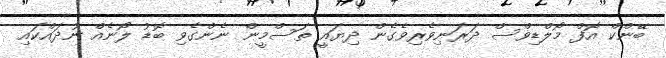
ބޭންކް އޮފް މޯލްޑިވްސް ދަރަނިވެރިވެގެން ދިޔައީ ތަސްމީން ނެންގެވި ބޮޑު ލޯނެއް ނުދައްކައި